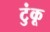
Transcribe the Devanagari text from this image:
टुंकू